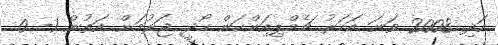
އަދި 2008 ވަނަ އަހަރު ޗެމްޕިއަންކަން ހޯދީ ޖަރުމަން އަތުން 1- 0